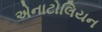
એનાટોલિયન